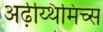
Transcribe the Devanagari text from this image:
अर्ढ़य्थिमिच्स